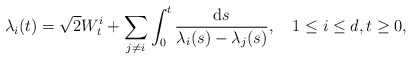
\begin{align*}\lambda_{i}(t)=\sqrt{2}W_{t}^{i}+\sum_{j\neq i}\int_{0}^{t}\frac{\mathrm{d}s}{\lambda_{i}(s)-\lambda_{j}(s)},\quad1\leq i\leq d,t\geq0, \end{align*}